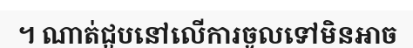
។ ណាត់ជួបនៅលើការចូលទៅមិនអាច